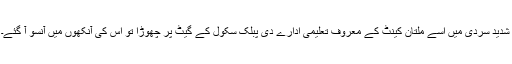
شدید سردی میں اسے ملتان کینٹ کے معروف تعلیمی ادارے دی پبلک سکول کے گیٹ پر چھوڑا تو اُس کی آنکھوں میں آنسو آ گئے۔